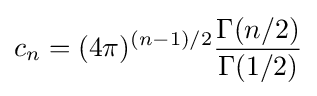
c_{n}=(4\pi )^{(n-1)/2}{\frac {\Gamma (n/2)}{\Gamma (1/2)}}